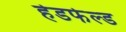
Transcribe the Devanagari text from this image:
हेडफेल्ड